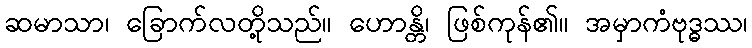
ဆမာသာ၊ ခြောက်လတို့သည်။ ဟောန္တိ၊ ဖြစ်ကုန်၏။ အမှာကံဗုဒ္ဓဿ၊